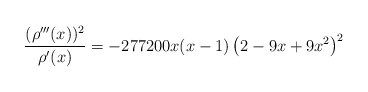
\begin{align*} \frac{(\rho'''(x))^2}{\rho'(x)}= -277200 x (x-1) \left(2-9 x+9 x^2\right)^2\end{align*}